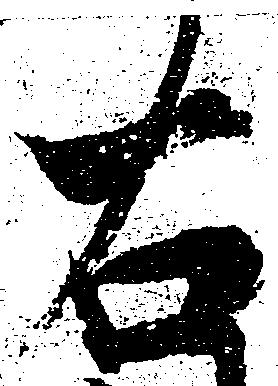
右